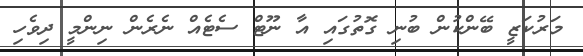
މަރުކަޒީ ބޭންކުން ބުނި ގޮތުގައި އާ ނޫޓް ސެޓެއް ނެރެން ނިންމީ ދިވެހި